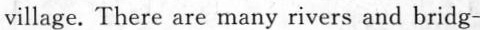
village. There are many rivers and bridg